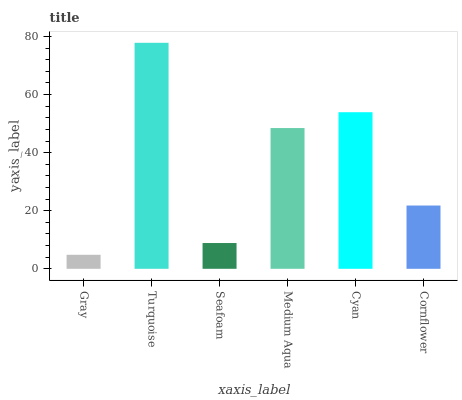
| xaxis_label | bars |
 | --- | --- |
 | Gray | 4.83 |
 | Turquoise | 77.8 |
 | Seafoam | 8.88 |
 | Medium Aqua | 48.5 |
 | Cyan | 53.9 |
 | Cornflower | 21.8 |